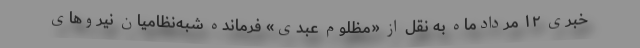
خبری ۱۲ مردادماه به نقل از «مظلوم عبدی» فرمانده شبه‌نظامیان نیروهای